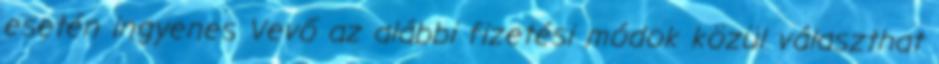
esetén ingyenes Vevő az alábbi fizetési módok közül választhat